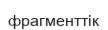
фрагменттік